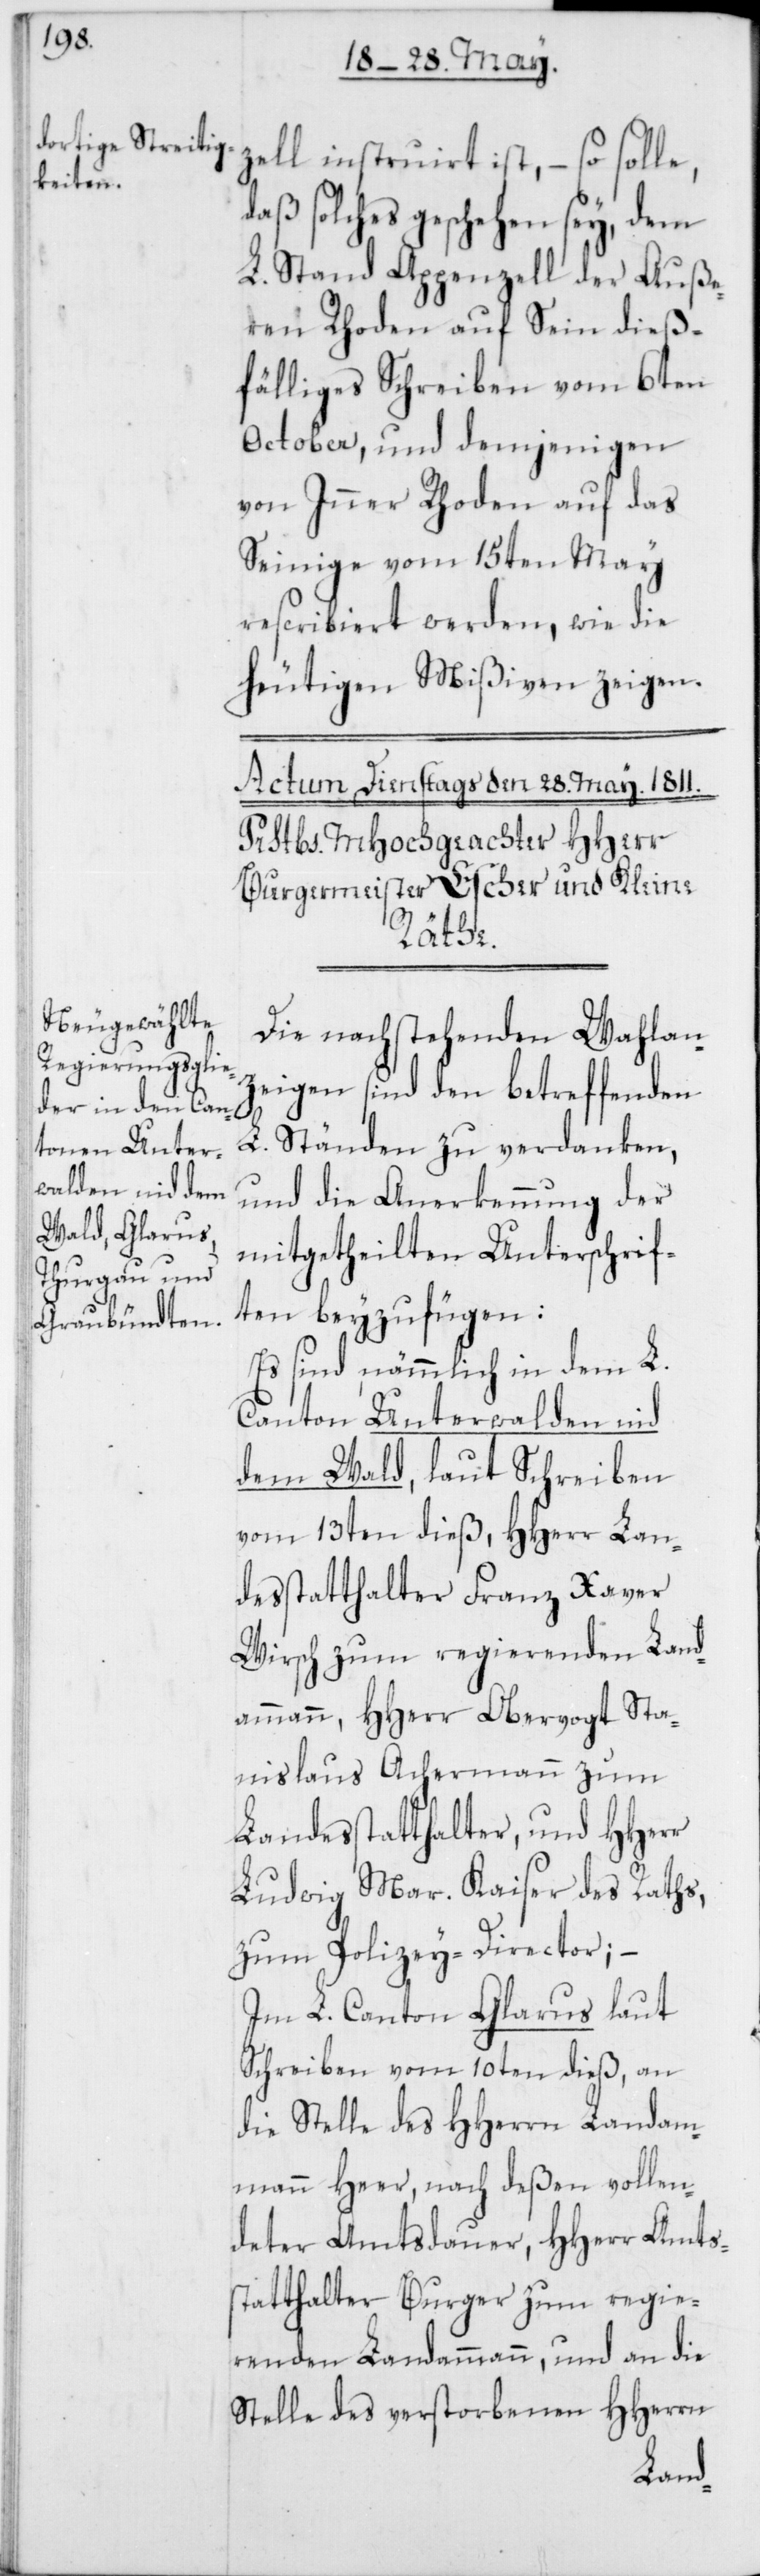
zell instruirt ist, – so solle,
daß solches geschehen sey, dem
L. Stand Appenzell der Auße¬
ren Rhoden auf Sein dieß¬
fälliges Schreiben vom 6ten
October, und demjenigen
von Inner Rhoden auf das
Seinige vom 15ten May
rescribiert werden, wie die
heutigen Mißiven zeigen.
Die nachstehenden Wahlan¬
zeigen sind den betreffenden
L. Ständen zu verdanken,
und die Anerkennung der
mitgetheilten Unterschrif¬
ten beyzufügen:
Es sind nämmlich in dem L.
Canton Unterwalden nid
dem Wald, laut Schreiben
vom 13ten dieß, HHerr Lan¬
desstatthalter Franz Xaver
Wirsch zum regierenden Land¬
ammann, HHerr Obervogt Sta¬
nislaus Achermann zum
Landesstatthalter, und HHerr
Ludwig Mar. Kaiser des Raths,
zum Polizey-Director; –
Im L. Canton Glarus laut
Schreiben vom 10ten dieß, an
die Stelle des HHerrn Landam¬
mann Heer, nach deßen vollen¬
deter Amtsdauer, HHerr Amts¬
statthalter Burger zum regie¬
renden Landammann, und an die
Stelle des verstorbenen HHerrn